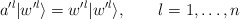
\begin{align*}a'^l|w'^l\rangle=w'^l|w'^l\rangle,\qquad l=1,\ldots, n\end{align*}